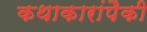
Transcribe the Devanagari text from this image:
कथाकारांपैकी